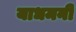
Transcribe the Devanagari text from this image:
याधमनी